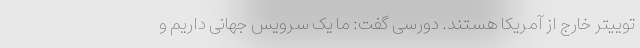
توییتر خارج از آمریکا هستند. دورسی گفت: ما یک سرویس جهانی داریم و